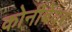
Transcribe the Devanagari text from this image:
कोनीबेयर